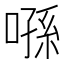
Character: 𠹀